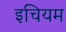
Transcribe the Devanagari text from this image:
इचियम